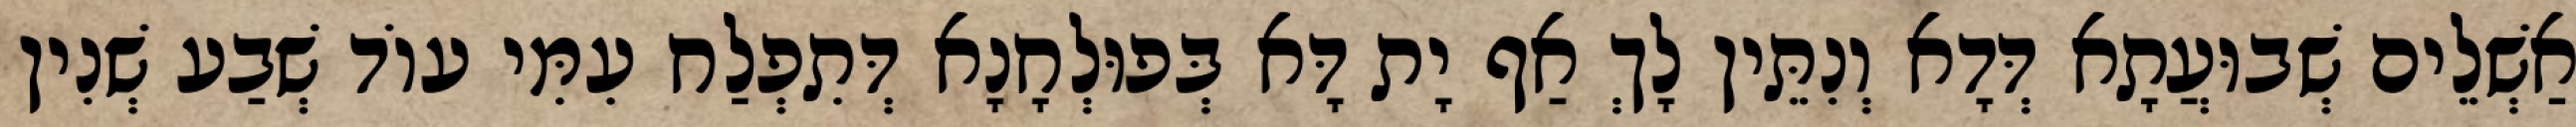
אַשְׁלֵים שְׁבוּעֲתָא דְּדָא וְנִתֵּין לָךְ אַף יָת דָּא בְּפוּלְחָנָא דְּתִפְלַח עִמִּי עוֹד שְׁבַע שְׁנִין